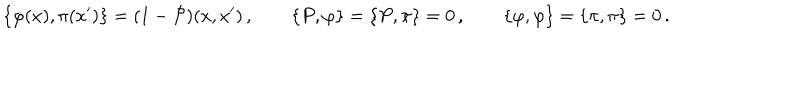
\left\{ \varphi ( x ) , \pi ( x ^ { \prime } ) \right\} = ( 1 - { \cal P } ) ( x , x ^ { \prime } ) \, , \qquad \left\{ P , \varphi \right\} = \left\{ P , \pi \right\} = 0 \, , \qquad \left\{ \varphi , \varphi \right\} = \left\{ \pi , \pi \right\} = 0 \, .